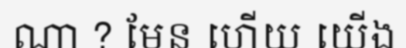
ណា ? មែន ហើយ យើង